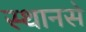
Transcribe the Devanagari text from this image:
स्थानसे